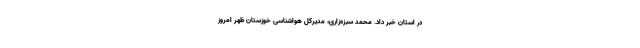
در استان خبر داد. محمد سبزه‌زاری، مدیرکل هواشناسی خوزستان ظهر امروز